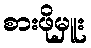
စားဖိုမှူး